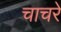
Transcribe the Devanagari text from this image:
चाचरे